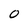
Character: o